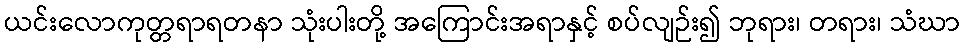
ယင်းလောကုတ္တရာရတနာ သုံးပါးတို့ အကြောင်းအရာနှင့် စပ်လျဉ်း၍ ဘုရား၊ တရား၊ သံဃာ